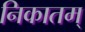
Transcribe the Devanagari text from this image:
निकातम्